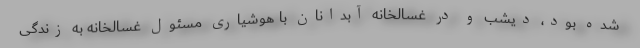
شده بود، دیشب و در غسالخانه آبدانان با هوشیاری مسئول غسالخانه به زندگی